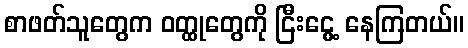
စာဖတ်သူတွေက ဝတ္ထုတွေကို ငြီးငွေ့ နေကြတယ်။